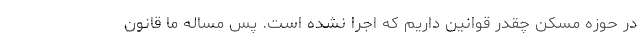
در حوزه مسکن چقدر قوانین داریم که اجرا نشده است. پس مساله ما قانون